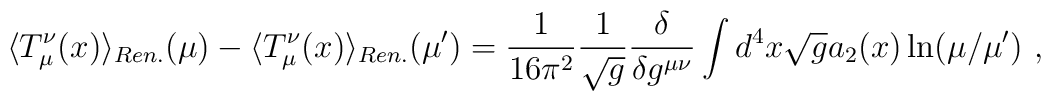
\langle T^\nu_\mu(x)\rangle_{Ren.}(\mu)-\langle T^\nu_\mu(x)\rangle_{Ren.}(\mu')=\frac1{16\pi^2}\frac1{\sqrt{g}}\frac{\delta}{\delta g^{\mu\nu}}\int d^4x\sqrt{g} a_2(x)\ln(\mu/\mu') \ ,